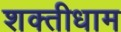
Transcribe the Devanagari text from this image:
शक्तीधाम